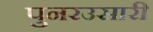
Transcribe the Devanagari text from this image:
पुनरउसारी